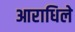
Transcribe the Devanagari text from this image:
आराधिले